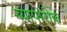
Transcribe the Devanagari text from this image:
व्‍यापारीके